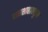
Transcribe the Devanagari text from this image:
पातशाहाकडून